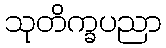
သုတိက္ခပညာ